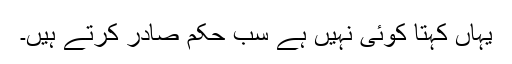
یہاں کہتا کوئی نہیں ہے سب حکم صادر کرتے ہیں۔